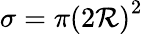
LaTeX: \sigma=\pi\left(2\mathcal{R}\right)^{2}